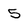
Character: 5